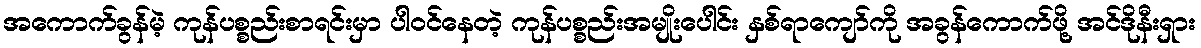
အကောက်ခွန်မဲ့ ကုန်ပစ္စည်းစာရင်းမှာ ပါဝင်နေတဲ့ ကုန်ပစ္စည်းအမျိုးပေါင်း နှစ်ရာကျော်ကို အခွန်ကောက်ဖို့ အင်ဒိုနီးရှား